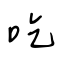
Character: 吃